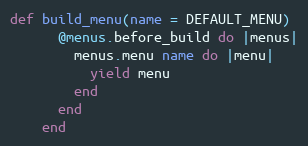
Language: Ruby
def build_menu(name = DEFAULT_MENU)
      @menus.before_build do |menus|
        menus.menu name do |menu|
          yield menu
        end
      end
    end